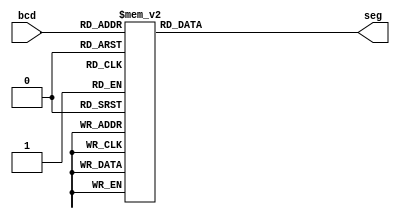
`timescale 1ns / 1ps
//////////////////////////////////////////////////////////////////////////////////
// Company: 
// Engineer: 
// 
// Design Name: 
// Module Name: bcd_7seg
// Project Name: 
// Target Devices: 
// Tool Versions: 
// Description: 
// 
// Dependencies: 
// 
// Revision:
// Revision 0.01 - File Created
// Additional Comments:
// 
//////////////////////////////////////////////////////////////////////////////////


module bcd_7seg_anode(
input wire [3:0] bcd,
output reg [6:0] seg
    );
    always @ (*)
    begin
    case (bcd)
    0: seg = 7'b0000001;
    1: seg = 7'b1001111;
    2: seg = 7'b0010010;
    3: seg = 7'b0000110;
    4: seg = 7'b1001100;
    5: seg = 7'b0100100;
    6: seg = 7'b0100000;
    7: seg = 7'b0001111;
    8: seg = 7'b0000000;
    9: seg = 7'b0000100;
    10: seg = 7'b0001000;
    11: seg = 7'b1100000;
    12: seg = 7'b1110010;
    13: seg = 7'b1000010;
    14: seg = 7'b0110000;
    15: seg = 7'b0111000;
    endcase
    end
endmodule